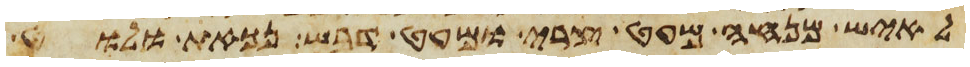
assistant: לאיש מנחה מעט צרי ומעט דבש נכאת ולוט